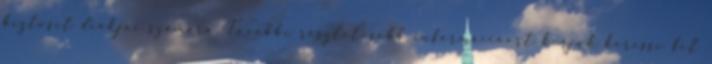
biztosít diákjai számára. További részletesebb információért kérjük keresse fel